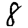
Digit: 8